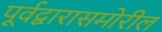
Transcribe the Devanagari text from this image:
पूर्वद्वारासमोरील